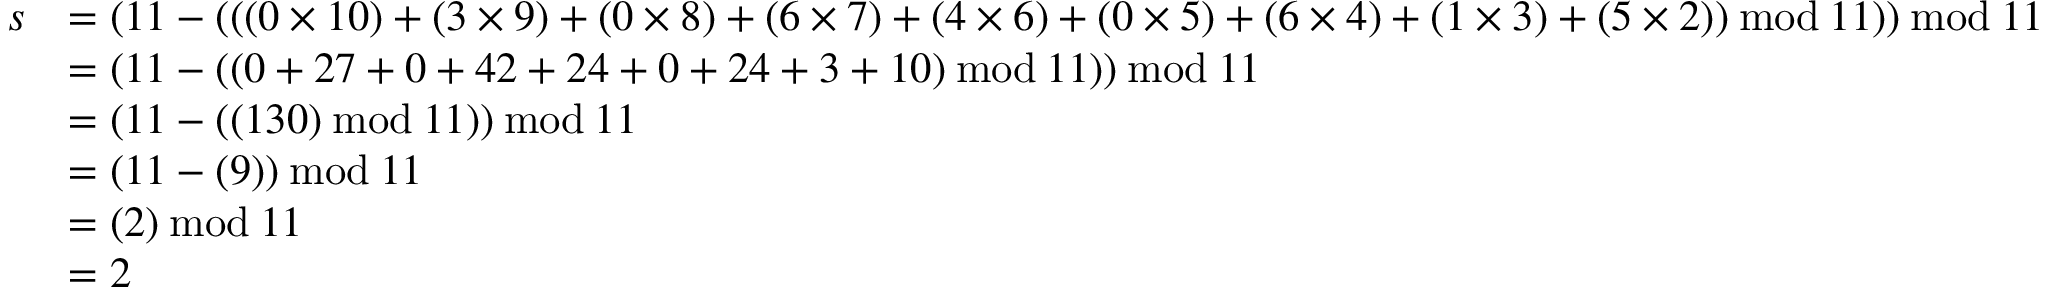
{ \begin{array} { r l } { s } & { = ( 1 1 - ( ( ( 0 \times 1 0 ) + ( 3 \times 9 ) + ( 0 \times 8 ) + ( 6 \times 7 ) + ( 4 \times 6 ) + ( 0 \times 5 ) + ( 6 \times 4 ) + ( 1 \times 3 ) + ( 5 \times 2 ) ) \, { \bmod { \, } } 1 1 ) ) \, { \bmod { \, } } 1 1 } \\ & { = ( 1 1 - ( ( 0 + 2 7 + 0 + 4 2 + 2 4 + 0 + 2 4 + 3 + 1 0 ) \, { \bmod { \, } } 1 1 ) ) \, { \bmod { \, } } 1 1 } \\ & { = ( 1 1 - ( ( 1 3 0 ) \, { \bmod { \, } } 1 1 ) ) \, { \bmod { \, } } 1 1 } \\ & { = ( 1 1 - ( 9 ) ) \, { \bmod { \, } } 1 1 } \\ & { = ( 2 ) \, { \bmod { \, } } 1 1 } \\ & { = 2 } \end{array} }